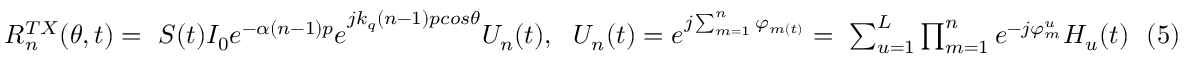
\begin{array} { r } { R _ { n } ^ { T X } ( \theta , t ) = \ S ( t ) { I _ { 0 } e ^ { - \alpha ( n - 1 ) p } e } ^ { j k _ { q } ( n - 1 ) p c o s \theta } U _ { n } ( t ) , \ \ { U _ { n } ( t ) = e } ^ { j \sum _ { m = 1 } ^ { n } \varphi _ { m ( t ) } } = \ \sum _ { u = 1 } ^ { L } { \prod _ { m = 1 } ^ { n } e ^ { - j \varphi _ { m } ^ { u } } H _ { u } ( t ) } \ \ ( 5 ) } \end{array}